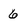
Character: 6